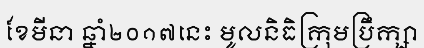
ខែមីនា ឆ្នាំ២០១៧នេះ មូលនិធិក្រុមប្រឹក្សា